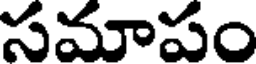
సమాపం